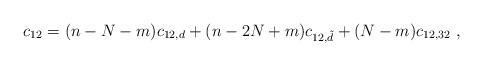
LaTeX: \begin{align*}c_{12} = (n-N-m)c_{12, d}+(n-2N+m)c_{12,\tilde d}+(N-m)c_{12,32} \ ,\end{align*}